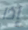
إذا